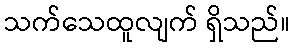
သက်သေထူလျက် ရှိသည်။